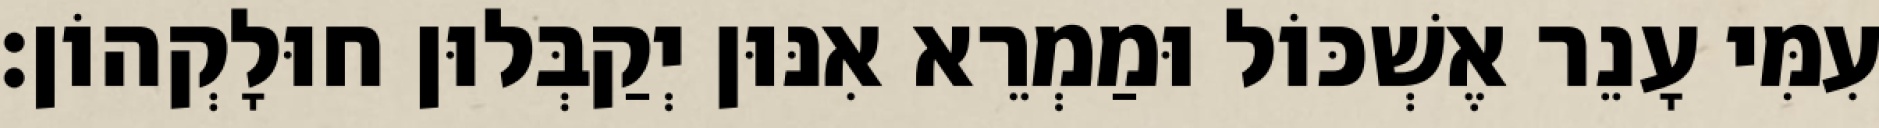
עִמִּי עָנֵר אֶשְׁכּוֹל וּמַמְרֵא אִנּוּן יְקַבְּלוּן חוּלָקְהוֹן׃